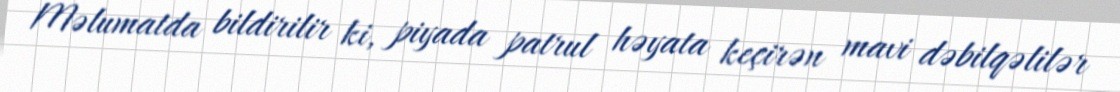
Məlumatda bildirilir ki, piyada patrul həyata keçirən mavi dəbilqəlilər